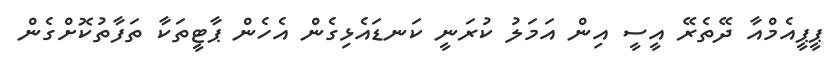
ޕީޕީއެމްއާ ދޭތެރޭ އީސީ އިން އަމަލު ކުރަނީ ކަނޑައެޅިގެން އެހެން ޕާޓީތަކާ ތަފާތުކޮށްގެން